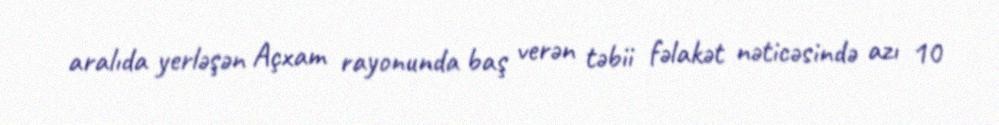
aralıda yerləşən Açxam rayonunda baş verən təbii fəlakət nəticəsində azı 10